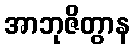
အာဘုဇိတွာန